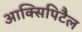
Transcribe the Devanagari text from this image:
आक्सिपिटैल